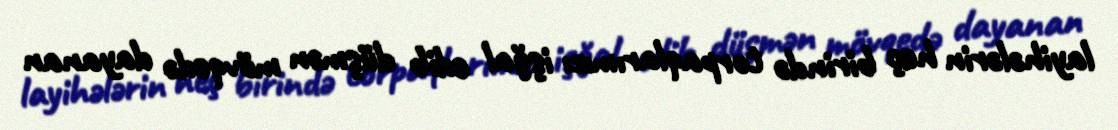
layihələrin heç birində torpaqlarımızı işğal edib düşmən mövqedə dayanan